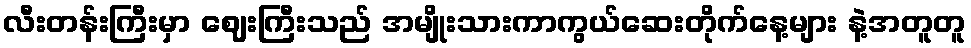
လီးတန်းကြီးမှာ ဈေးကြီးသည် အမျိုးသားကာကွယ်ဆေးတိုက်နေ့များ နဲ့အတူတူ